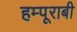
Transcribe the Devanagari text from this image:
हम्पूराबी